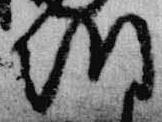
朝